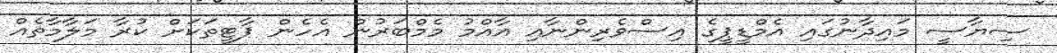
ސިޔާސީ މައިދާނުގައި އެމްޑީޕީގެ އިސްވެރިންނާއި އާއްމު މެމްބަރުން އެހެން ޕާޓީތަކަށް ކުރާ މަލާމާތެއް